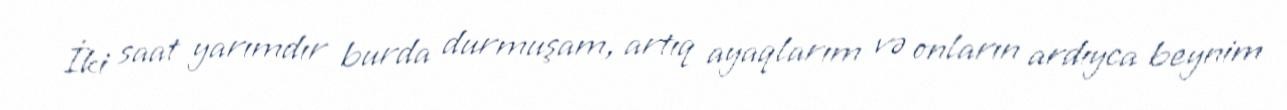
İki saat yarımdır burda durmuşam, artıq ayaqlarım və onların ardıyca beynim